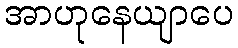
အာဟုနေယျာပေ